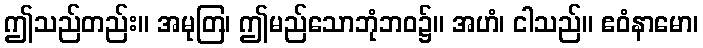
ဤသည်တည်း။ အမုတြ၊ ဤမည်သောဘုံဘဝ၌။ အဟံ၊ ငါသည်။ ဧဝံနာမော၊